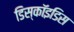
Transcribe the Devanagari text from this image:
डिस्कॉइडिस